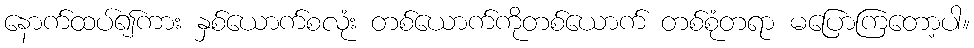
နောက်ထပ်၍ကား နှစ်ယောက်စလုံး တစ်ယောက်ကိုတစ်ယောက် တစ်စုံတရာ မပြောကြတော့ပါ။